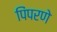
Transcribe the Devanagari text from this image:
पिंपरणे